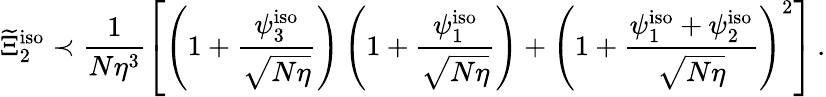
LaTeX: \widetilde{\Xi}_{2}^{\mathrm{iso}}\prec\frac{1}{N\eta^{3}}\left[\left(1+\frac{\psi_{3}^{\mathrm{iso}}}{\sqrt{N\eta}}\right)\left(1+\frac{\psi_{1}^{\mathrm{iso}}}{\sqrt{N\eta}}\right)+\left(1+\frac{\psi_{1}^{\mathrm{iso}}+\psi_{2}^{\mathrm{iso}}}{\sqrt{N\eta}}\right)^{2}\right]\, .